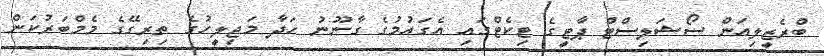
ބްރެޒީލިއަން ސޯޝަލިސްޓް ޕާޓީގެ ޓިކެޓްގައި އެގައުމުގެ ގާނޫނު ހަދާ މަޖިލީހުގެ ތިރިގޭގެ މެމްބަރުކަން